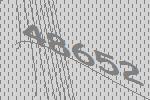
48652